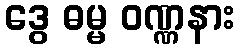
ဒွေ ဓမ္မ ဝဏ္ဏနား